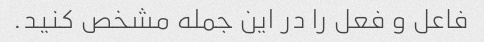
فاعل و فعل را در این جمله مشخص کنید.